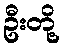
ဦးတို့